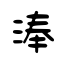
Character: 淎